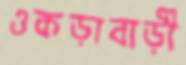
ওকড়াবাড়ী